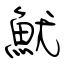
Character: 魷